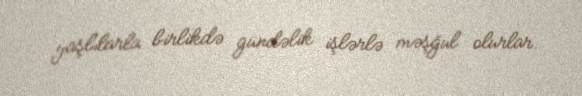
yaşlılarla birlikdə gündəlik işlərlə məşğul olurlar.